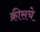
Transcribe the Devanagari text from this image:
क्रीसचे